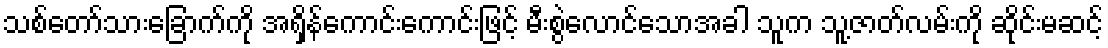
သစ်တော်သားခြောက်ကို အရှိန်ကောင်းကောင်းဖြင့် မီးစွဲလောင်သောအခါ သူက သူ့ဇာတ်လမ်းကို ဆိုင်းမဆင့်